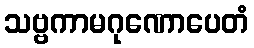
သဗ္ဗကာမဂုဏောပေတံ